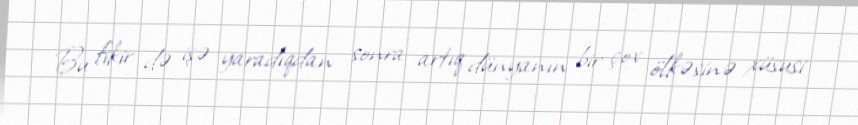
Bu fikir də işə yaradıqdan sonra artıq dünyanın bir çox ölkəsinə xüsusi